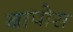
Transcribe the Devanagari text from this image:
बापोरा